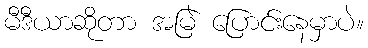
မီဒီယာဆိုတာ အမြဲ ပြောင်းနေမှာပဲ။